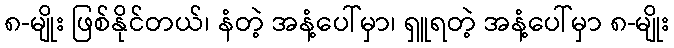
၈-မျိုး ဖြစ်နိုင်တယ်၊ နံတဲ့ အနံ့ပေါ်မှာ၊ ရှူရတဲ့ အနံ့ပေါ်မှာ ၈-မျိုး